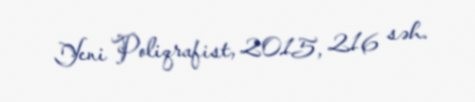
Yeni Poliqrafist, 2015, 216 səh.